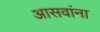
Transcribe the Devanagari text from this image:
आसवांना